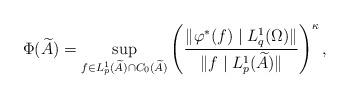
LaTeX: \begin{align*}\Phi(\widetilde{A})=\sup\limits_{f\in L^1_p(\widetilde{A})\cap C_0(\widetilde{A})}\left(\frac{\|\varphi^{\ast}(f)\mid L^1_q(\Omega)\|}{\|f\mid L^1_p(\widetilde{A})\|}\right)^{\kappa},\end{align*}